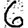
Digit: 6